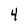
Character: 4